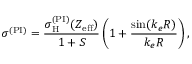
\sigma ^ { ( \mathrm { P I } ) } = \frac { \sigma _ { \mathrm { H } } ^ { ( \mathrm { P I } ) } ( Z _ { \mathrm { e f f } } ) } { 1 + S } \left( 1 + \frac { \sin ( k _ { e } R ) } { k _ { e } R } \right) ,